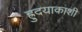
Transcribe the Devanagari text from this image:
ह्रुदयाकाशी